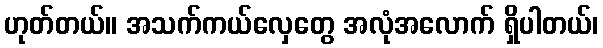
ဟုတ်တယ်။ အသက်ကယ်လှေတွေ အလုံအလောက် ရှိပါတယ်၊